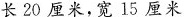
长20厘米，宽15厘米